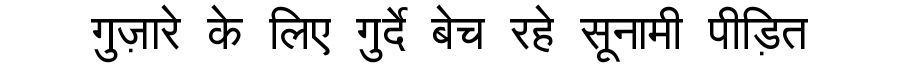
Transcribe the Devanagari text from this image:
गुज़ारे के लिए गुर्दे बेच रहे सूनामी पीड़ित